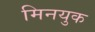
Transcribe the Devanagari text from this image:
मिनयुक